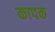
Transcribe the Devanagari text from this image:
कापक